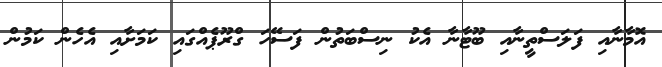
އޮމާނާއި ފަލަސްތީނާއި ބޫޓާނާ އެކު ނިސްބަތުން ފަސޭހަ ގްރޫޕެއްގައި ކަމަށާއި އެހެން ކަމުން